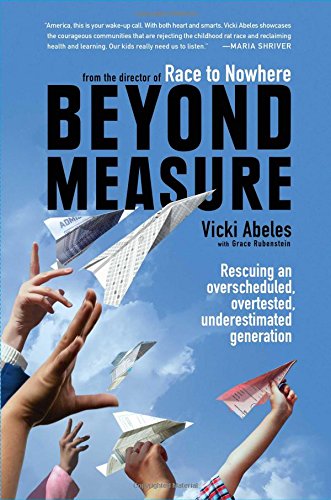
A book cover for Beyond Measure: Rescuing an Overscheduled, Overtested, Underestimated Generation; Vicki Abeles; Education & Teaching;